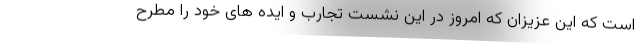
است که این عزیزان که امروز در این نشست تجارب و ایده های خود را مطرح